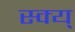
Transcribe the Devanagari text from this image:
स्क्य्